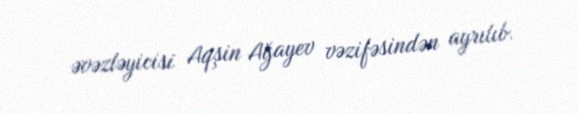
əvəzləyicisi Aqşin Ağayev vəzifəsindən ayrılıb.